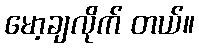
မော့ချလိုက် တယ်။